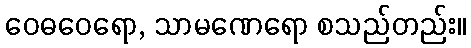
ဝေဓဝေရော, သာမဏေရော စသည်တည်း။